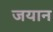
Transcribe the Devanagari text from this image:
जयान